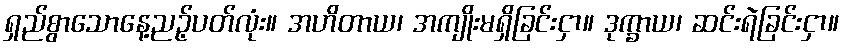
ရှည်စွာသောနေ့ညဉ့်ပတ်လုံး။ အဟိတာယ၊ အကျိုးမရှိခြင်းငှာ။ ဒုက္ခာယ၊ ဆင်းရဲခြင်းငှာ။